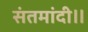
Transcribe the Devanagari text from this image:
संतमांदी॥